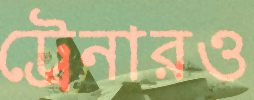
ট্রেনারও